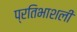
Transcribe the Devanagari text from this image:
प्रतिभाशली